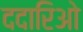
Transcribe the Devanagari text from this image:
ददारिओ